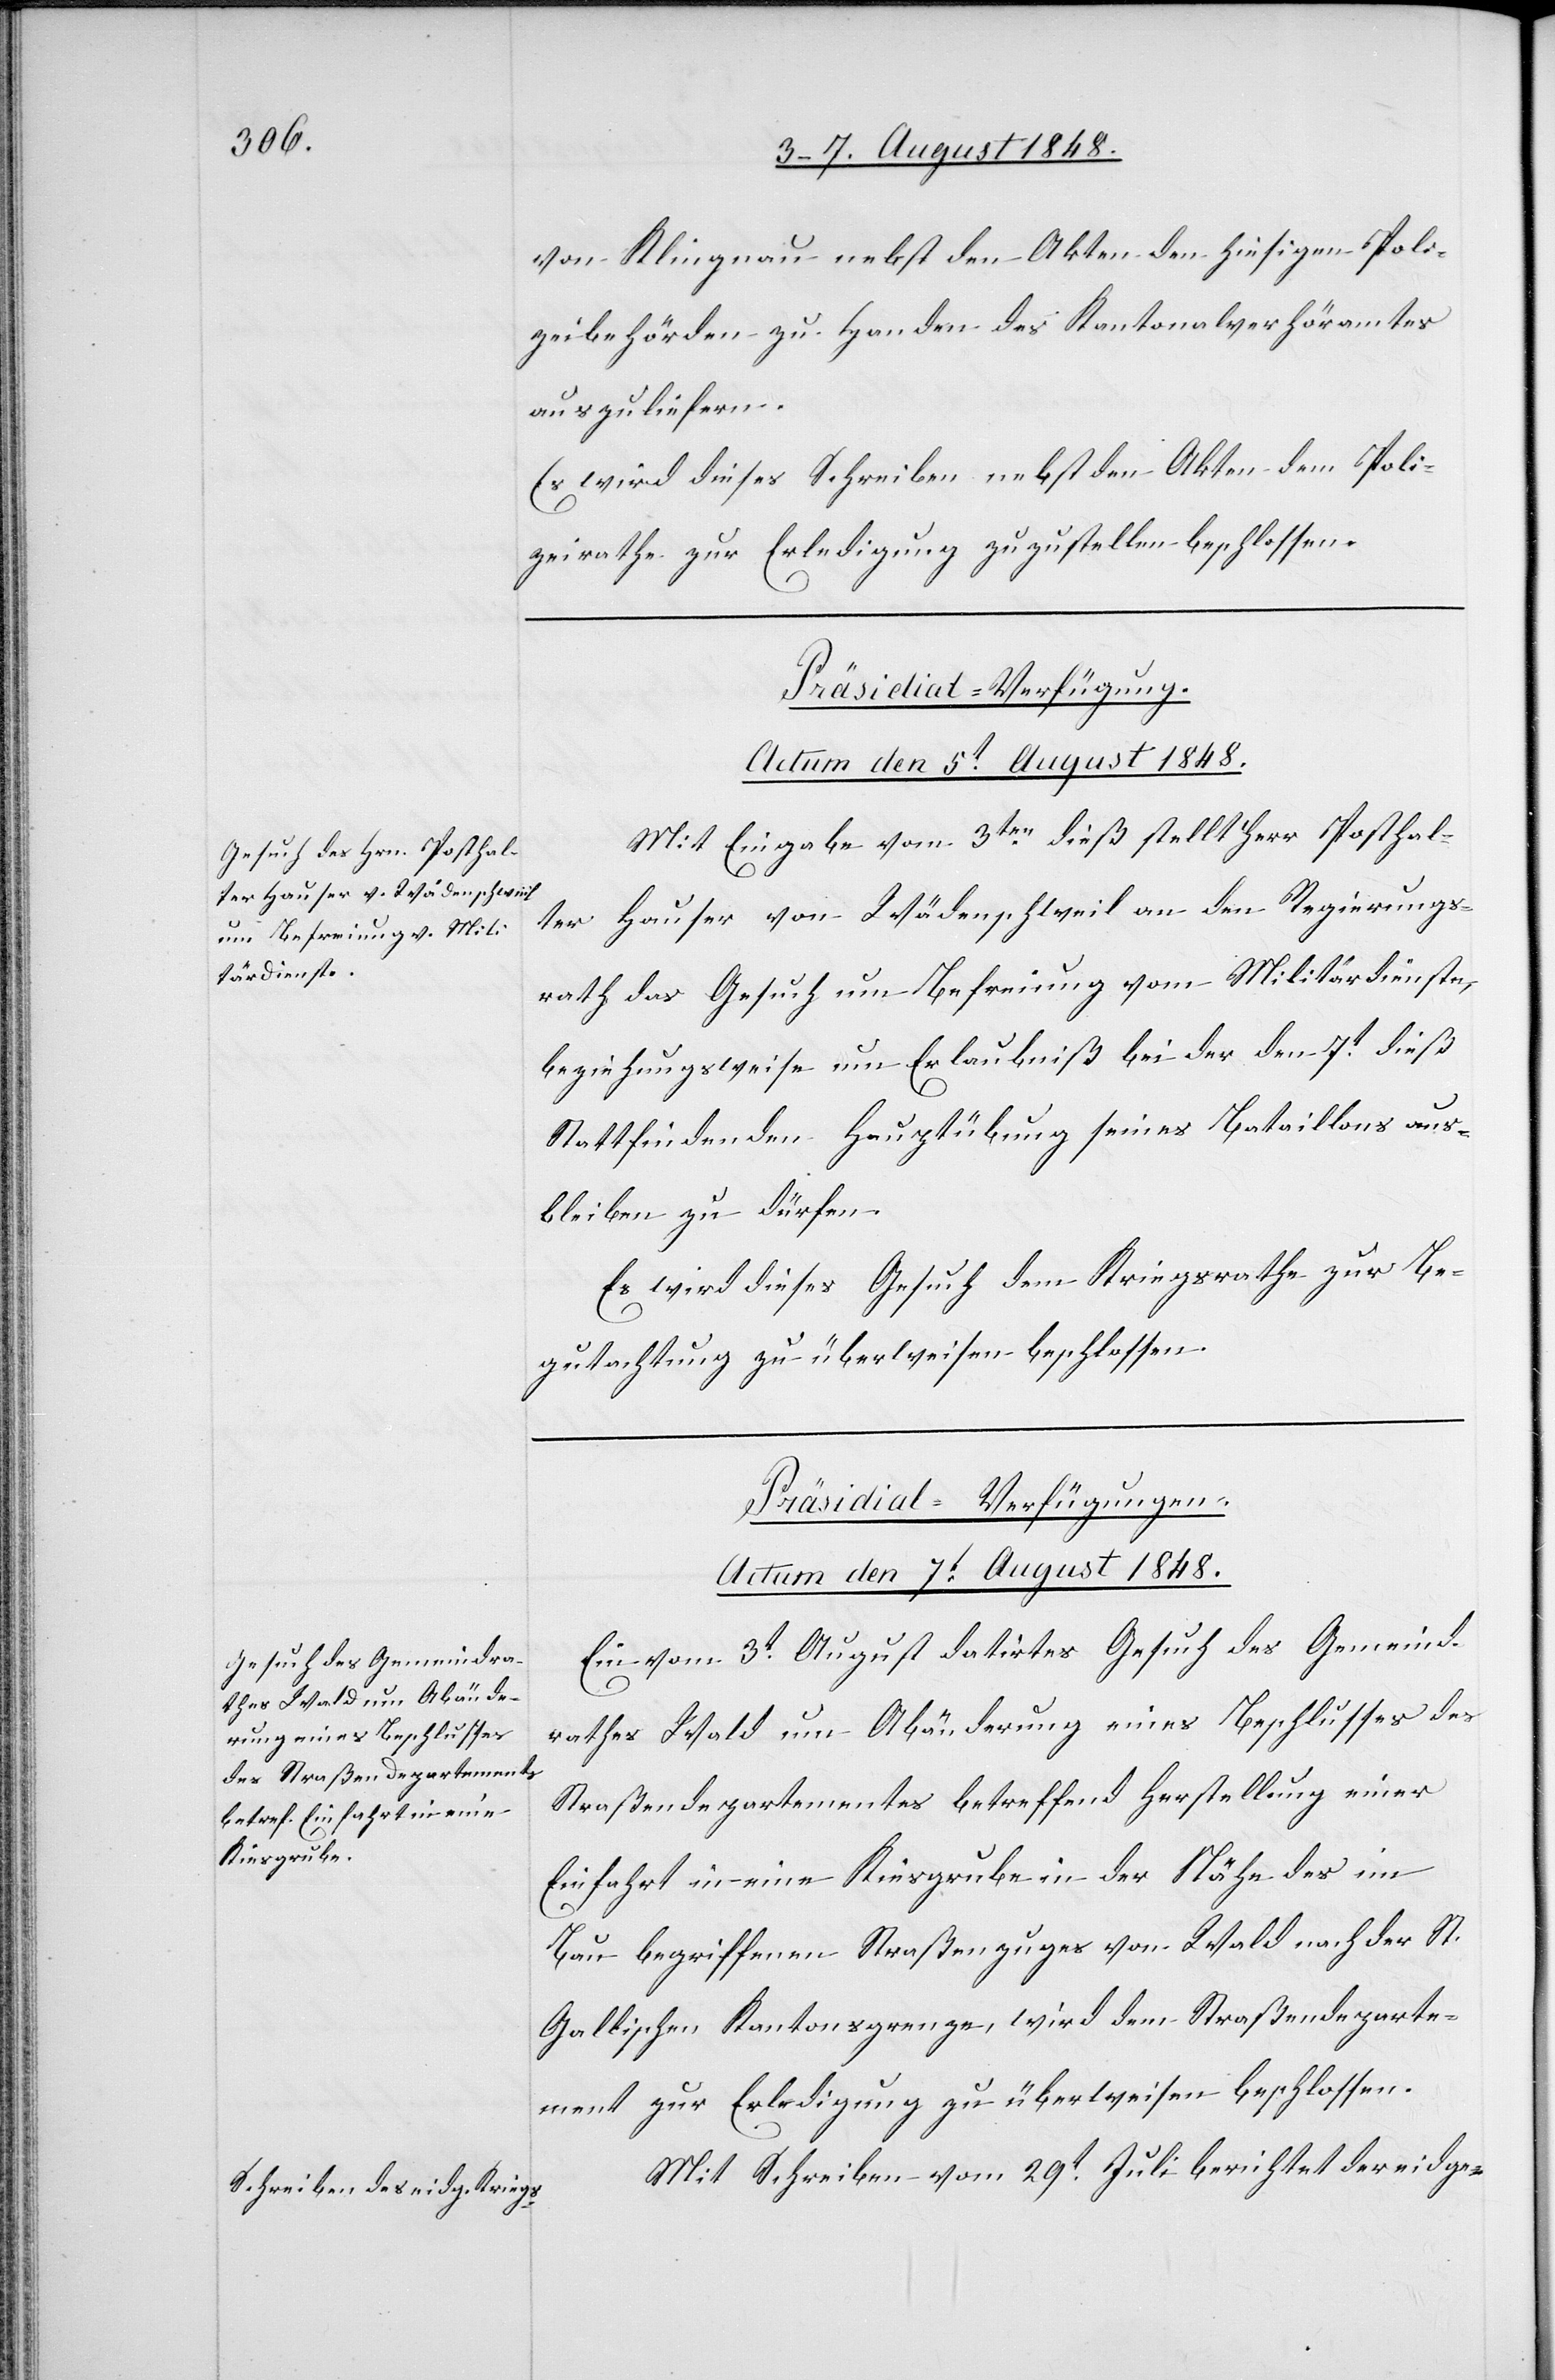
von Klingnau nebst den Akten den hiesigen Poli¬
zeibehörden zu Handen des Kantonalverhöramtes
auszuliefern.
Es wird dieses Schreiben nebst den Akten dem Poli¬
zeirathe zur Erledigung zuzustellen beschlossen.
Präsidial-Verfügung.
Actum den 5t August 1848.
Mit Eingabe vom 3ten dieß stellt Herr Posthal¬
ter Hauser von Wädenschweil an den Regierungs¬
rath das Gesuch um Befreiung vom Militärdienste,
beziehungsweise um Erlaubniß bei der den 7t dieß
Stattfindenden Hauptübung seines Bataillons aus¬
bleiben zu dürfen.
Es wird dieses Gesuch dem Kriegsrathe zur Be¬
gutachtung zu überweisen beschlossen.
[Präsidial-Verfügungen.
Actum den 7t August 1848.]
Ein vom 3t August datirtes Gesuch des Gemeind¬
rathes Wald um Abänderung eines Beschlusses des
Straßendepartementes betreffend Herstellung einer
Einfahrt in eine Kiesgrube in der Nähe des im
Bau begriffenen Straßenzuges von Wald nach der St.
Gallischen Kantonsgrenze, wird dem Straßendeparte¬
ment zur Erledigung zu überweisen beschlossen.
Mit Schreiben vom 29t Juli berichtet der eidge-